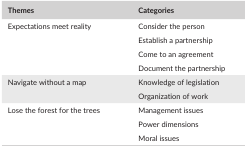
<table><thead><tr><td><b>Themes</b></td><td><b>Categories</b></td></tr></thead><tbody><tr><td rowspan="4">Expectations meet reality</td><td>Consider the person</td></tr><tr><td>Establish a partnership</td></tr><tr><td>Come to an agreement</td></tr><tr><td>Document the partnership</td></tr><tr><td rowspan="2">Navigate without a map</td><td>Knowledge of legislation</td></tr><tr><td>Organization of work</td></tr><tr><td rowspan="3">Lose the forest for the trees</td><td>Management issues</td></tr><tr><td>Power dimensions</td></tr><tr><td>Moral issues</td></tr></tbody></table>